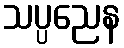
သပ္ပညေန